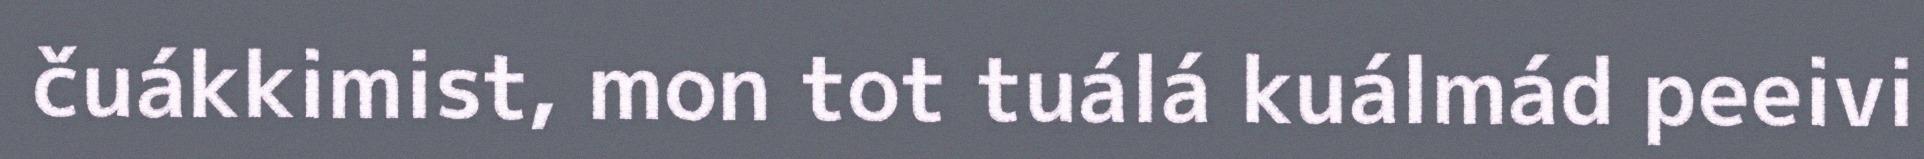
čuákkimist, mon tot tuálá kuálmád peeivi